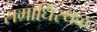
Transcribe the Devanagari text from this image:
समाधिस्‍थळ